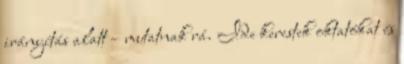
irányítás alatt – mutatnak rá. Ide kerestek oktatókat és